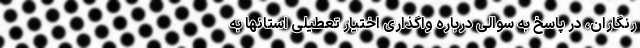
رنگاران، در پاسخ به سوالی درباره واگذاری اختیار تعطیلی استانها به